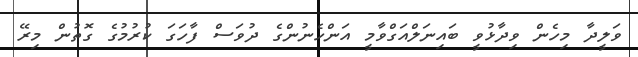
ވަލީދާ މިހެން ވިދާޅުވީ ބައިނަލްއަގްވާމީ އަންހެނުންގެ ދުވަސް ފާހަގަ ކުރުމުގެ ގޮތުން މިރޭ